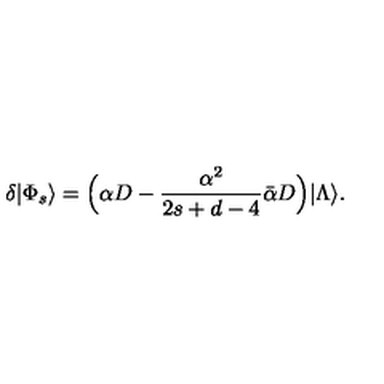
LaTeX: \delta | \Phi _ { s } \rangle = \Bigl ( \alpha D - \frac { \alpha ^ { 2 } } { 2 s + d - 4 } \bar { \alpha } D \Bigr ) | \Lambda \rangle .